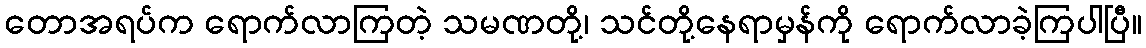
တောအရပ်က ရောက်လာကြတဲ့ သမဏတို့၊ သင်တို့နေရာမှန်ကို ရောက်လာခဲ့ကြပါပြီ။